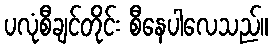
ပလုံစီချင်တိုင်း စီနေပါလေသည်။